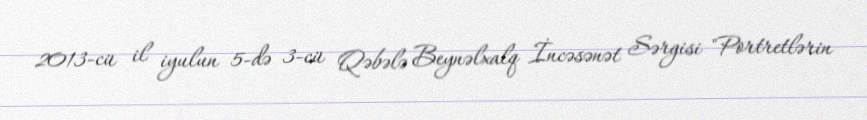
2013-cü il iyulun 5-də 3-cü Qəbələ Beynəlxalq İncəsənət Sərgisi "Portretlərin